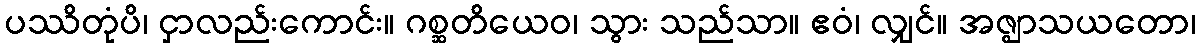
ပဿိတုံပိ၊ ငှာလည်းကောင်း။ ဂစ္ဆတိယေဝ၊ သွား သည်သာ။ ဧဝံ၊ လျှင်။ အဇ္ဈာသယတော၊